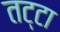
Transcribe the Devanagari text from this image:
तट्टा